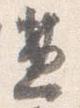
兼